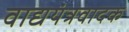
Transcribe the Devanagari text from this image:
वाद्ययंत्रवादक